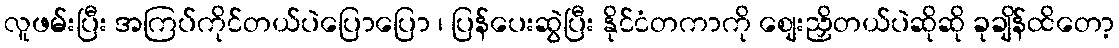
လူဖမ်းပြီး အကြပ်ကိုင်တယ်ပဲပြောပြော ၊ ပြန်ပေးဆွဲပြီး နိုင်ငံတကာကို စျေးညှိတယ်ပဲဆိုဆို ခုချိန်ထိတော့